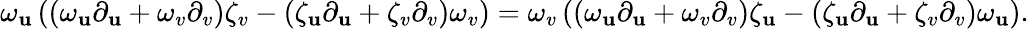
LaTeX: \omega_{\mathbf{u}}\left(\left(\omega_{\mathbf{u}}\partial_{\mathbf{u}}+\omega_{v}\partial_{v}\right)\zeta_{v}-\left(\zeta_{\mathbf{u}}\partial_{\mathbf{u}}+\zeta_{v}\partial_{v}\right)\omega_{v}\right)=\omega_{v}\left(\left(\omega_{\mathbf{u}}\partial_{\mathbf{u}}+\omega_{v}\partial_{v}\right)\zeta_{\mathbf{u}}-\left(\zeta_{\mathbf{u}}\partial_{\mathbf{u}}+\zeta_{v}\partial_{v}\right)\omega_{\mathbf{u}}\right).